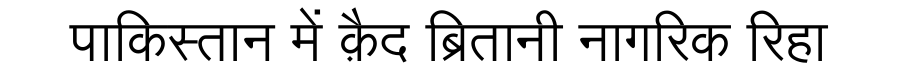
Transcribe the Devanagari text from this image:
पाकिस्तान में क़ैद ब्रितानी नागरिक रिहा